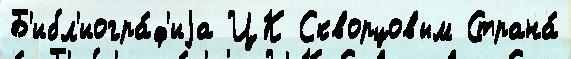
Б'ибл'иогра́ф'иjа ЦК Скворцовым Страна́